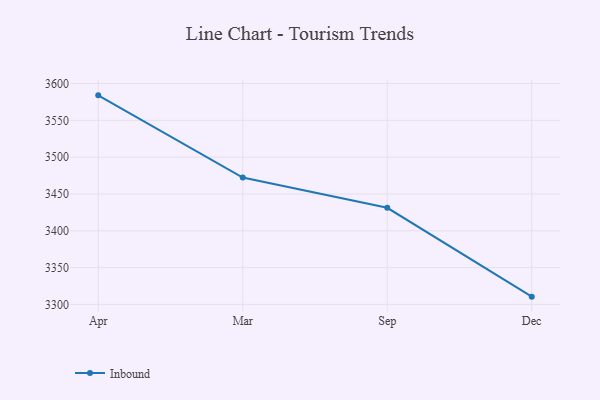
{"axis": {"x": "Month", "y": "Page Views"}, "legend": ["Inbound"], "data": [{"x": "Apr", "y": 3584.0, "type": "Inbound"}, {"x": "Mar", "y": 3472.3, "type": "Inbound"}, {"x": "Sep", "y": 3431.2, "type": "Inbound"}, {"x": "Dec", "y": 3310.5, "type": "Inbound"}]}